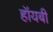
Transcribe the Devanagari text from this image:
हॉयबी